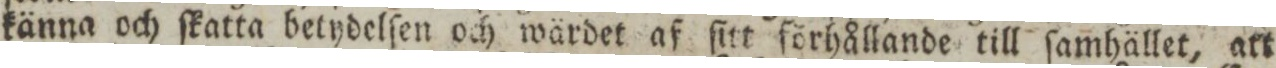
känna och ſkatta betydelſen och wärdet af ſitt förhållande till ſamhället, att